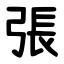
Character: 張